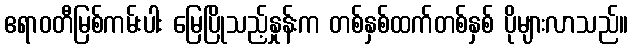
ဧရာဝတီမြစ်ကမ်းပါး မြေပြိုသည့်နှုန်းက တစ်နှစ်ထက်တစ်နှစ် ပိုများလာသည်။